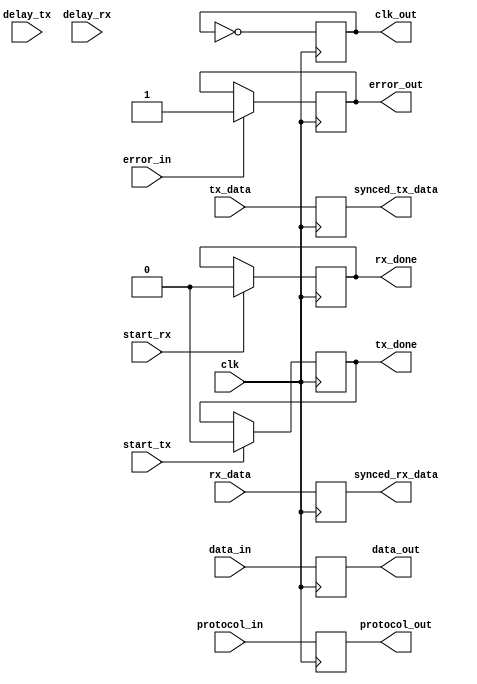
module usb_controller (
    // Clock generator module
    input wire clk,
    output reg clk_out,

    // Timing controller module
    input wire start_tx,
    input wire start_rx,
    input wire delay_tx,
    input wire delay_rx,
    output reg tx_done,
    output reg rx_done,

    // Synchronization blocks
    input wire tx_data,
    input wire rx_data,
    output reg synced_tx_data,
    output reg synced_rx_data,
    
    // Data buffering module
    input wire [7:0] data_in,
    output reg [7:0] data_out,
    
    // Error detection and correction module
    input wire error_in,
    output reg error_out,
    
    // Protocol parsing module
    input wire [3:0] protocol_in,
    output reg [3:0] protocol_out
);

// Clock generator module
always @(posedge clk) begin
    clk_out <= ~clk_out;
end

// Timing controller module
always @(posedge clk) begin
    if (start_tx) begin
        tx_done <= 1;
        #delay_tx tx_done <= 0;
    end
    
    if (start_rx) begin
        rx_done <= 1;
        #delay_rx rx_done <= 0;
    end
end

// Synchronization blocks
always @(posedge clk) begin
    synced_tx_data <= tx_data;
    synced_rx_data <= rx_data;
end

// Data buffering module
always @(posedge clk) begin
    data_out <= data_in;
end

// Error detection and correction module
always @(posedge clk) begin
    if (error_in) begin
        error_out <= 1;
    end
end

// Protocol parsing module
always @(posedge clk) begin
    protocol_out <= protocol_in;
end

endmodule